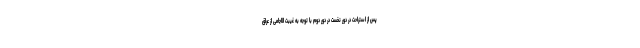
پس از استراحت در دور نخست در دور دوم با توجه به غیبت الاجامی از عراق